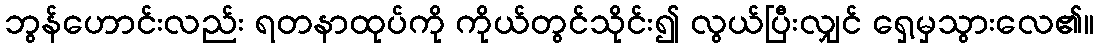
ဘွန်ဟောင်းလည်း ရတနာထုပ်ကို ကိုယ်တွင်သိုင်း၍ လွယ်ပြီးလျှင် ရှေ့မှသွားလေ၏။